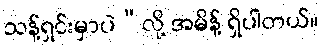
သန့်ရှင်းမှာပဲ”လို့ အမိန့် ရှိပါတယ်။